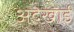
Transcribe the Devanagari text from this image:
अदेखाई